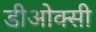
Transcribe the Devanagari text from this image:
डीओक्सी